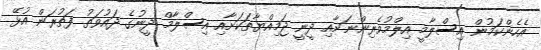
އެހެންކަމުން އިސްލާމީ އިލްމުވެރިންނަށާއި ދީނީ ޖަމިއްޔާތަކަށާއި އިސްލާމް ދީނުގެ ދައުވަތު ފަތުރަން އުޅޭ